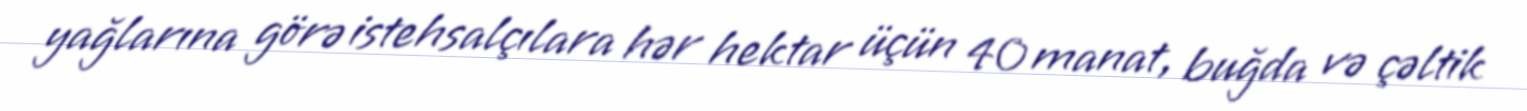
yağlarına görə istehsalçılara hər hektar üçün 40 manat, buğda və çəltik